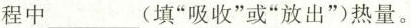
程中___(填”吸收”或”放出”)热量。